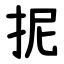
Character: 抳